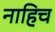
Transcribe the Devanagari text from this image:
नाहिच